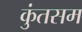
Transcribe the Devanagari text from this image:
कुंतसम